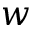
w